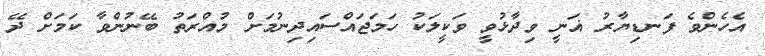
އެހެންވެ ފަނޑިޔާރު ޣަނީ ވިދާޅުވީ ވަކީލަކު ހަމަޖައްސައިދިނުމަށް މުއްރަތު ބޭނުންވާ ކަމަށް ދޭ